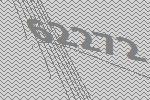
62272